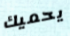
يحميك